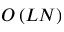
O \left( L N \right)